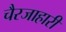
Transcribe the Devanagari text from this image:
चैरजाहारी